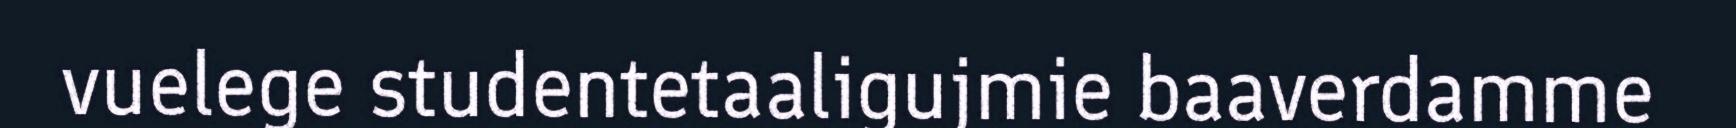
vuelege studentetaaligujmie baaverdamme